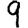
Digit: 9